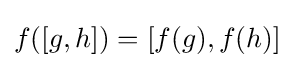
f([g,h])=[f(g),f(h)]